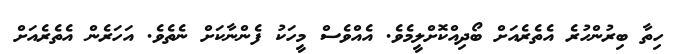
ހިތާ ބިރުންހުރެ އެތެރެއަށް ބޯދިއްކޮށްލީމެވެ. އެއްވެސް މީހަކު ފެންނާކަށް ނެތެވެ. އަހަރެން އެތެރެއަށް